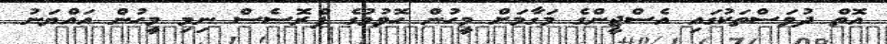
އޮތް ދުވަސްތަކުގައި އެސްޖީންގެ މަގާމަށް މީހުން ހޮވުމުގެ ޕްރޮސެސް ނިމި މީހުން އައްޔަނު